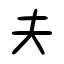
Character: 夫